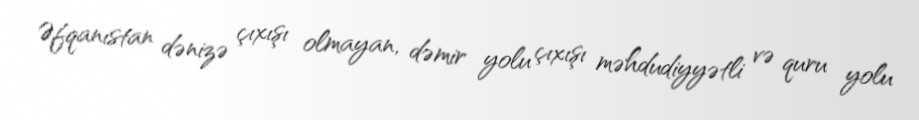
Əfqanıstan dənizə çıxışı olmayan, dəmir yolu çıxışı məhdudiyyətli və quru yolu